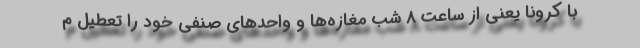
با کرونا یعنی از ساعت 8 شب مغازه‌ها و واحدهای صنفی خود را تعطیل م